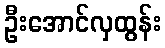
ဦးအောင်လှထွန်း